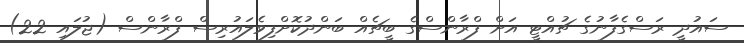
ސައުދީ ރަސްގެފާނުގެ ޗުއްޓީ އަށް ފްރާންސްގެ ބީޗެއް ބަންދުކޮށްފިވެލައުރިސް ފްރާންސް (ޖުލައި 22)